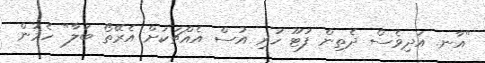
"އާނ. އަދިވެސް ދެތިން ފުޓޫ ހުރި އުސް އެއްޗަކަށް އެރޭތޯ ބަލާ" ހެމުން